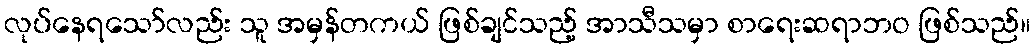
လုပ်နေရသော်လည်း သူ အမှန်တကယ် ဖြစ်ချင်သည့် အာသီသမှာ စာရေးဆရာဘဝ ဖြစ်သည်။